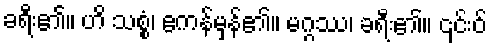
ခရီး၏။ ဟိ သစ္စံ၊ ဧကန်မှန်၏။ မဂ္ဂဿ၊ ခရီး၏။ ၎င်းဝ်